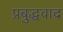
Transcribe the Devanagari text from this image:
प्रबुद्धवाद